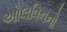
ઓલવિનનો